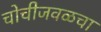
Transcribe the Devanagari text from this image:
चोचीजवळचा